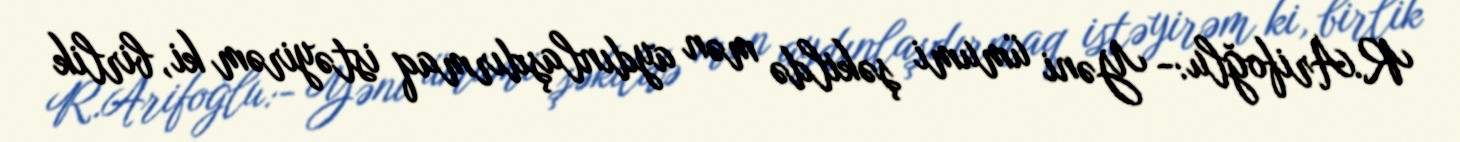
R.Arifoğlu:- Yəni ümumi şəkildə mən aydınlaşdırmaq istəyirəm ki, birlik